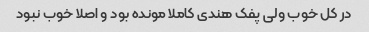
در کل خوب ولی پفک هندی کاملا مونده بود و اصلا خوب نبود